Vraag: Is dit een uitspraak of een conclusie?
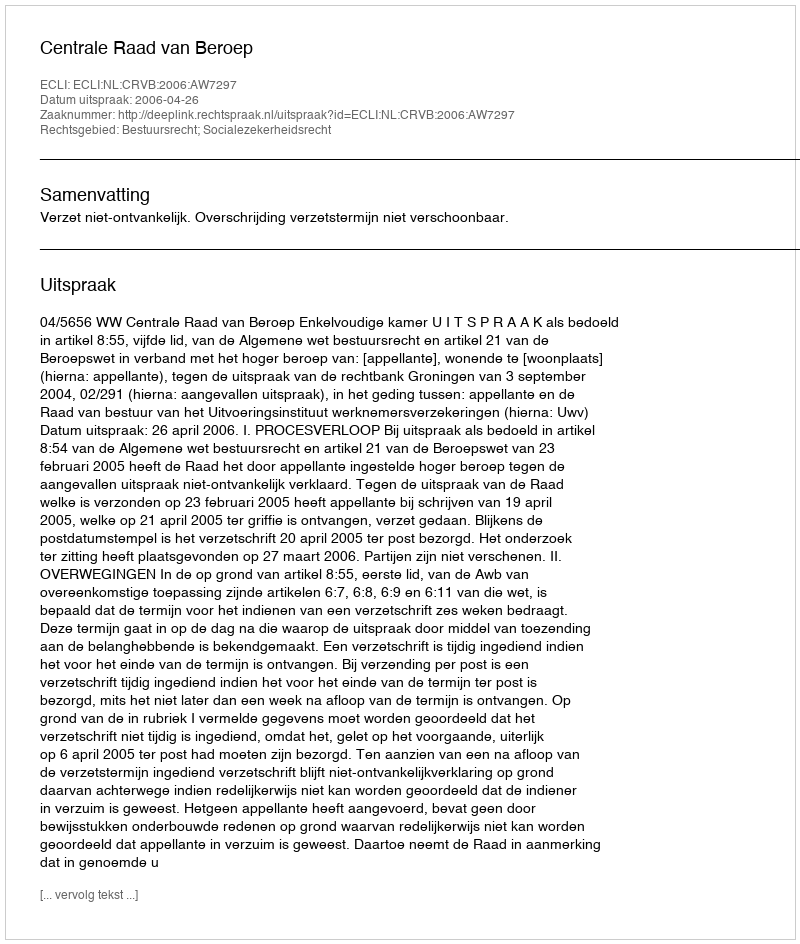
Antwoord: Uitspraak